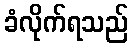
ခံလိုက်ရသည်